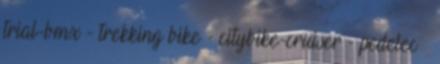
trial-bmx - trekking bike - citybike-cruiser - pedelec –